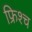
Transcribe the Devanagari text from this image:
फ्रिश्च